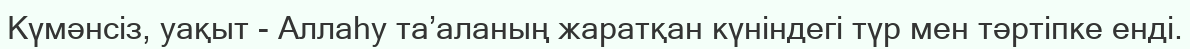
Күмәнсіз, уақыт - Аллаһу та’аланың жаратқан күніндегі түр мен тәртіпке енді.